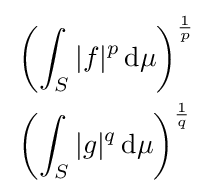
{\begin{aligned}&\left(\int _{S}|f|^{p}\,\mathrm {d} \mu \right)^{\frac {1}{p}}\\&\left(\int _{S}|g|^{q}\,\mathrm {d} \mu \right)^{\frac {1}{q}}\end{aligned}}